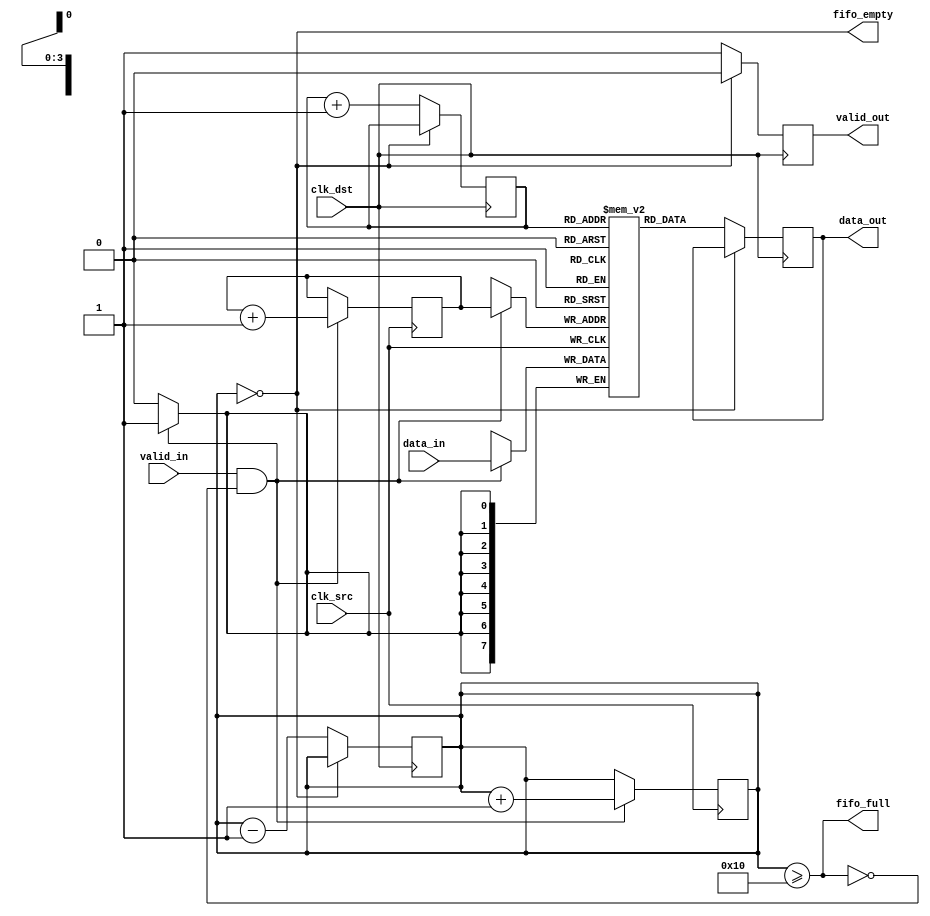
module memory_blocks_pipeline_synchronizer #(
    parameter DATA_WIDTH = 8,
    parameter FIFO_DEPTH = 16
)(
    input wire clk_src,                   // Source clock
    input wire clk_dst,                   // Destination clock
    input wire [DATA_WIDTH-1:0] data_in, // Data input from source domain
    input wire valid_in,                  // Valid signal for input data
    output reg [DATA_WIDTH-1:0] data_out, // Synchronized data output
    output reg valid_out,                 // Valid signal for output data
    output wire fifo_full,                // FIFO full flag
    output wire fifo_empty                // FIFO empty flag
);

    // FIFO Memory
    reg [DATA_WIDTH-1:0] fifo_mem[FIFO_DEPTH-1:0];
    reg [clog2(FIFO_DEPTH)-1:0] write_ptr, read_ptr;
    reg [clog2(FIFO_DEPTH):0] fifo_count; // To keep track of FIFO count

    // Input buffer (registers to hold incoming data)
    reg [DATA_WIDTH-1:0] input_buffer;
    reg input_valid;

    // Synchronization registers
    reg [DATA_WIDTH-1:0] sync_reg1, sync_reg2;

    // Write Logic (Source Clock Domain)
    always @(posedge clk_src) begin
        if (valid_in && !fifo_full) begin
            fifo_mem[write_ptr] <= data_in; // Write data to FIFO
            write_ptr <= write_ptr + 1;     // Increment write pointer
            fifo_count <= fifo_count + 1;    // Increment count
        end
    end

    // Read Logic (Destination Clock Domain)
    always @(posedge clk_dst) begin
        if (!fifo_empty) begin
            data_out <= fifo_mem[read_ptr]; // Read data from FIFO
            read_ptr <= read_ptr + 1;       // Increment read pointer
            fifo_count <= fifo_count - 1;    // Decrement count
        end
    end

    // Handshaking Mechanism
    always @(posedge clk_dst) begin
        if (!fifo_empty) begin
            valid_out <= 1'b1;               // Signal that output is valid
        end else begin
            valid_out <= 1'b0;               // Signal that output is not valid
        end
    end

    // Synchronization of valid signal from source to destination
    always @(posedge clk_src) begin
        input_buffer <= data_in;            // Buffer the input data
        input_valid <= valid_in;            // Buffer the valid signal
    end

    always @(posedge clk_dst) begin
        sync_reg1 <= input_buffer;          // First stage of synchronization
        sync_reg2 <= sync_reg1;             // Second stage of synchronization
    end

    // FIFO Count Logic
    assign fifo_full = (fifo_count >= FIFO_DEPTH);
    assign fifo_empty = (fifo_count == 0);

    // Initializations
    initial begin
        write_ptr = 0;
        read_ptr = 0;
        fifo_count = 0;
        valid_out = 0;
    end

    // Function to calculate log2
    function integer clog2;
        input integer value;
        begin
            value = value - 1;
            for (clog2 = 0; value > 0; clog2 = clog2 + 1)
                value = value >> 1;
        end
    endfunction

endmodule